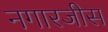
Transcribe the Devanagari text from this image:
नगारजीस